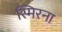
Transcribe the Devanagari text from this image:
स्मिरना